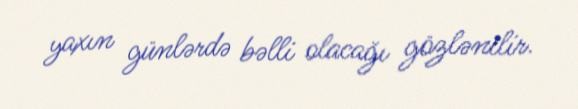
yaxın günlərdə bəlli olacağı gözlənilir.